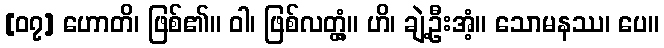
[၀၇] ဟောတိ၊ ဖြစ်၏။ ဝါ၊ ဖြစ်လတ္တံ့။ ဟိ၊ ချဲ့ဦးအံ့။ သောမနဿ၊ ပေ။